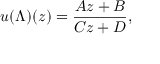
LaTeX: u ( \Lambda ) ( z ) = { \frac { A z + B } { C z + D } } ,